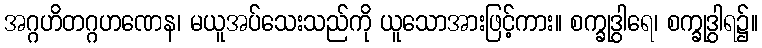
အဂ္ဂဟိတဂ္ဂဟဏေန၊ မယူအပ်သေးသည်ကို ယူသောအားဖြင့်ကား။ စက္ခုဒွါရေ၊ စက္ခုဒွါရ၌။